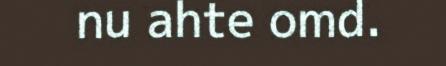
nu ahte omd.